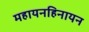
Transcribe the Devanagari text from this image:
महायनहिनायन